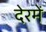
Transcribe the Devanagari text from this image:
देरमें